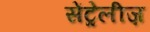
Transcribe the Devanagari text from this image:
सेंट्रेलीज़